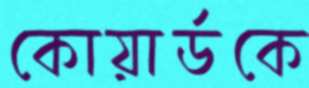
কোয়ার্ডকে